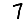
Digit: 7